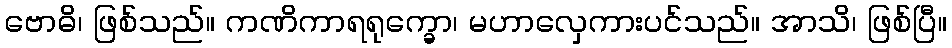
ဗောဓိ၊ ဖြစ်သည်။ ကဏိကာရရုက္ခော၊ မဟာလှေကားပင်သည်။ အာသိ၊ ဖြစ်ပြီ။